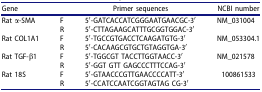
<table><thead><tr><td><b>Gene</b></td><td><b> </b></td><td><b>Primer sequences</b></td><td><b>NCBI number</b></td></tr></thead><tbody><tr><td>Rat α-SMA</td><td>F</td><td>5′-GATCACCATCGGGAATGAACGC-3′</td><td>NM_031004</td></tr><tr><td> </td><td>R</td><td>5′-CTTAGAAGCATTTGCGGTGGAC-3′</td><td> </td></tr><tr><td>Rat COL1A1</td><td>F</td><td>5′-TGCCGTGACCTCAAGATGTG-3′</td><td>NM_053304.1</td></tr><tr><td> </td><td>R</td><td>5′-CACAAGCGTGCTGTAGGTGA-3′</td><td> </td></tr><tr><td>Rat TGF-β1</td><td>F</td><td>5′-TGGCGT TACCTTGGTAACC-3′</td><td>NM_021578</td></tr><tr><td> </td><td>R</td><td>5′-GGT GTT GAGCCCTTTCCAG-3′</td><td> </td></tr><tr><td>Rat 18S</td><td>F</td><td>5′-GTAACCCGTTGAACCCCATT-3′</td><td>100861533</td></tr><tr><td> </td><td>R</td><td>5′-CCATCCAATCGGTAGTAG CG-3′</td><td> </td></tr></tbody></table>